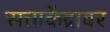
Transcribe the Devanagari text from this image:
सत्ताकेंद्रावर